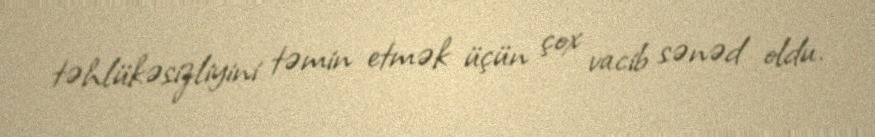
təhlükəsizliyini təmin etmək üçün çox vacib sənəd oldu.